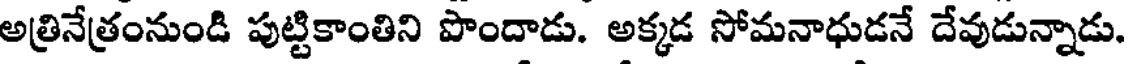
అత్రినేత్రంనుండి పుట్టికాంతిని పొందాడు. అక్కడ సోమనాధుడనే దేవుడున్నాడు.